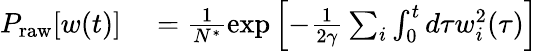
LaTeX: \begin{array}{rl}{P_{\textrm{raw}}[w(t)]}&{{}=\frac{1}{N^{*}}\exp\left[{-\frac{1}{2\gamma}\sum_{i}\int_{0}^{t}d\tau w_{i}^{2}(\tau)}\right]}\end{array}